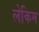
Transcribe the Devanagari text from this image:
लेकिम